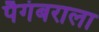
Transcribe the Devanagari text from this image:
पैगंबराला